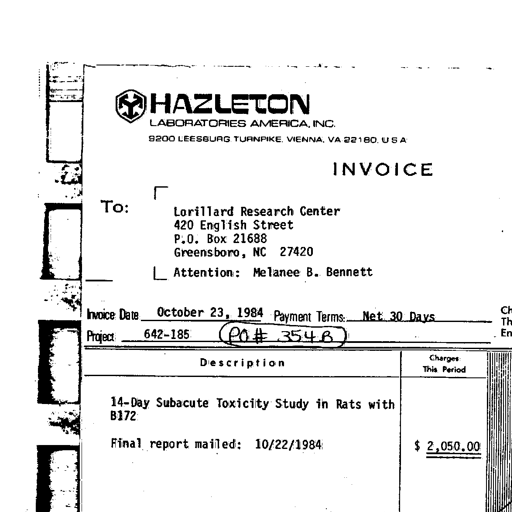
HAZLETON
LABORATORIES AMERICA, INC.
9200 LEESBURG TURNPIKE, VIENNA, VA 22180, USA
INVOICE
To:
Lorillard Research Center
420 English Street
P.O. Box 21688
Greensboro, NC 27420
Attention: Melanee B. Bennett
Invoice Date October 23, 1984 Payment Terms: Net 30 Days
Project 642-185 (PO# 354B)
Description Charges
This Period
14-Day Subacute Toxicity Study in Rats with
B172
Final report mailed: 10/22/1984 $ 2,050.00